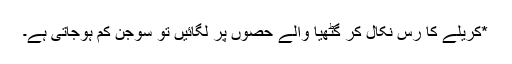
*کریلے کا رس نکال کر گٹھیا والے حصوں پر لگائیں تو سوجن کم ہوجاتی ہے۔